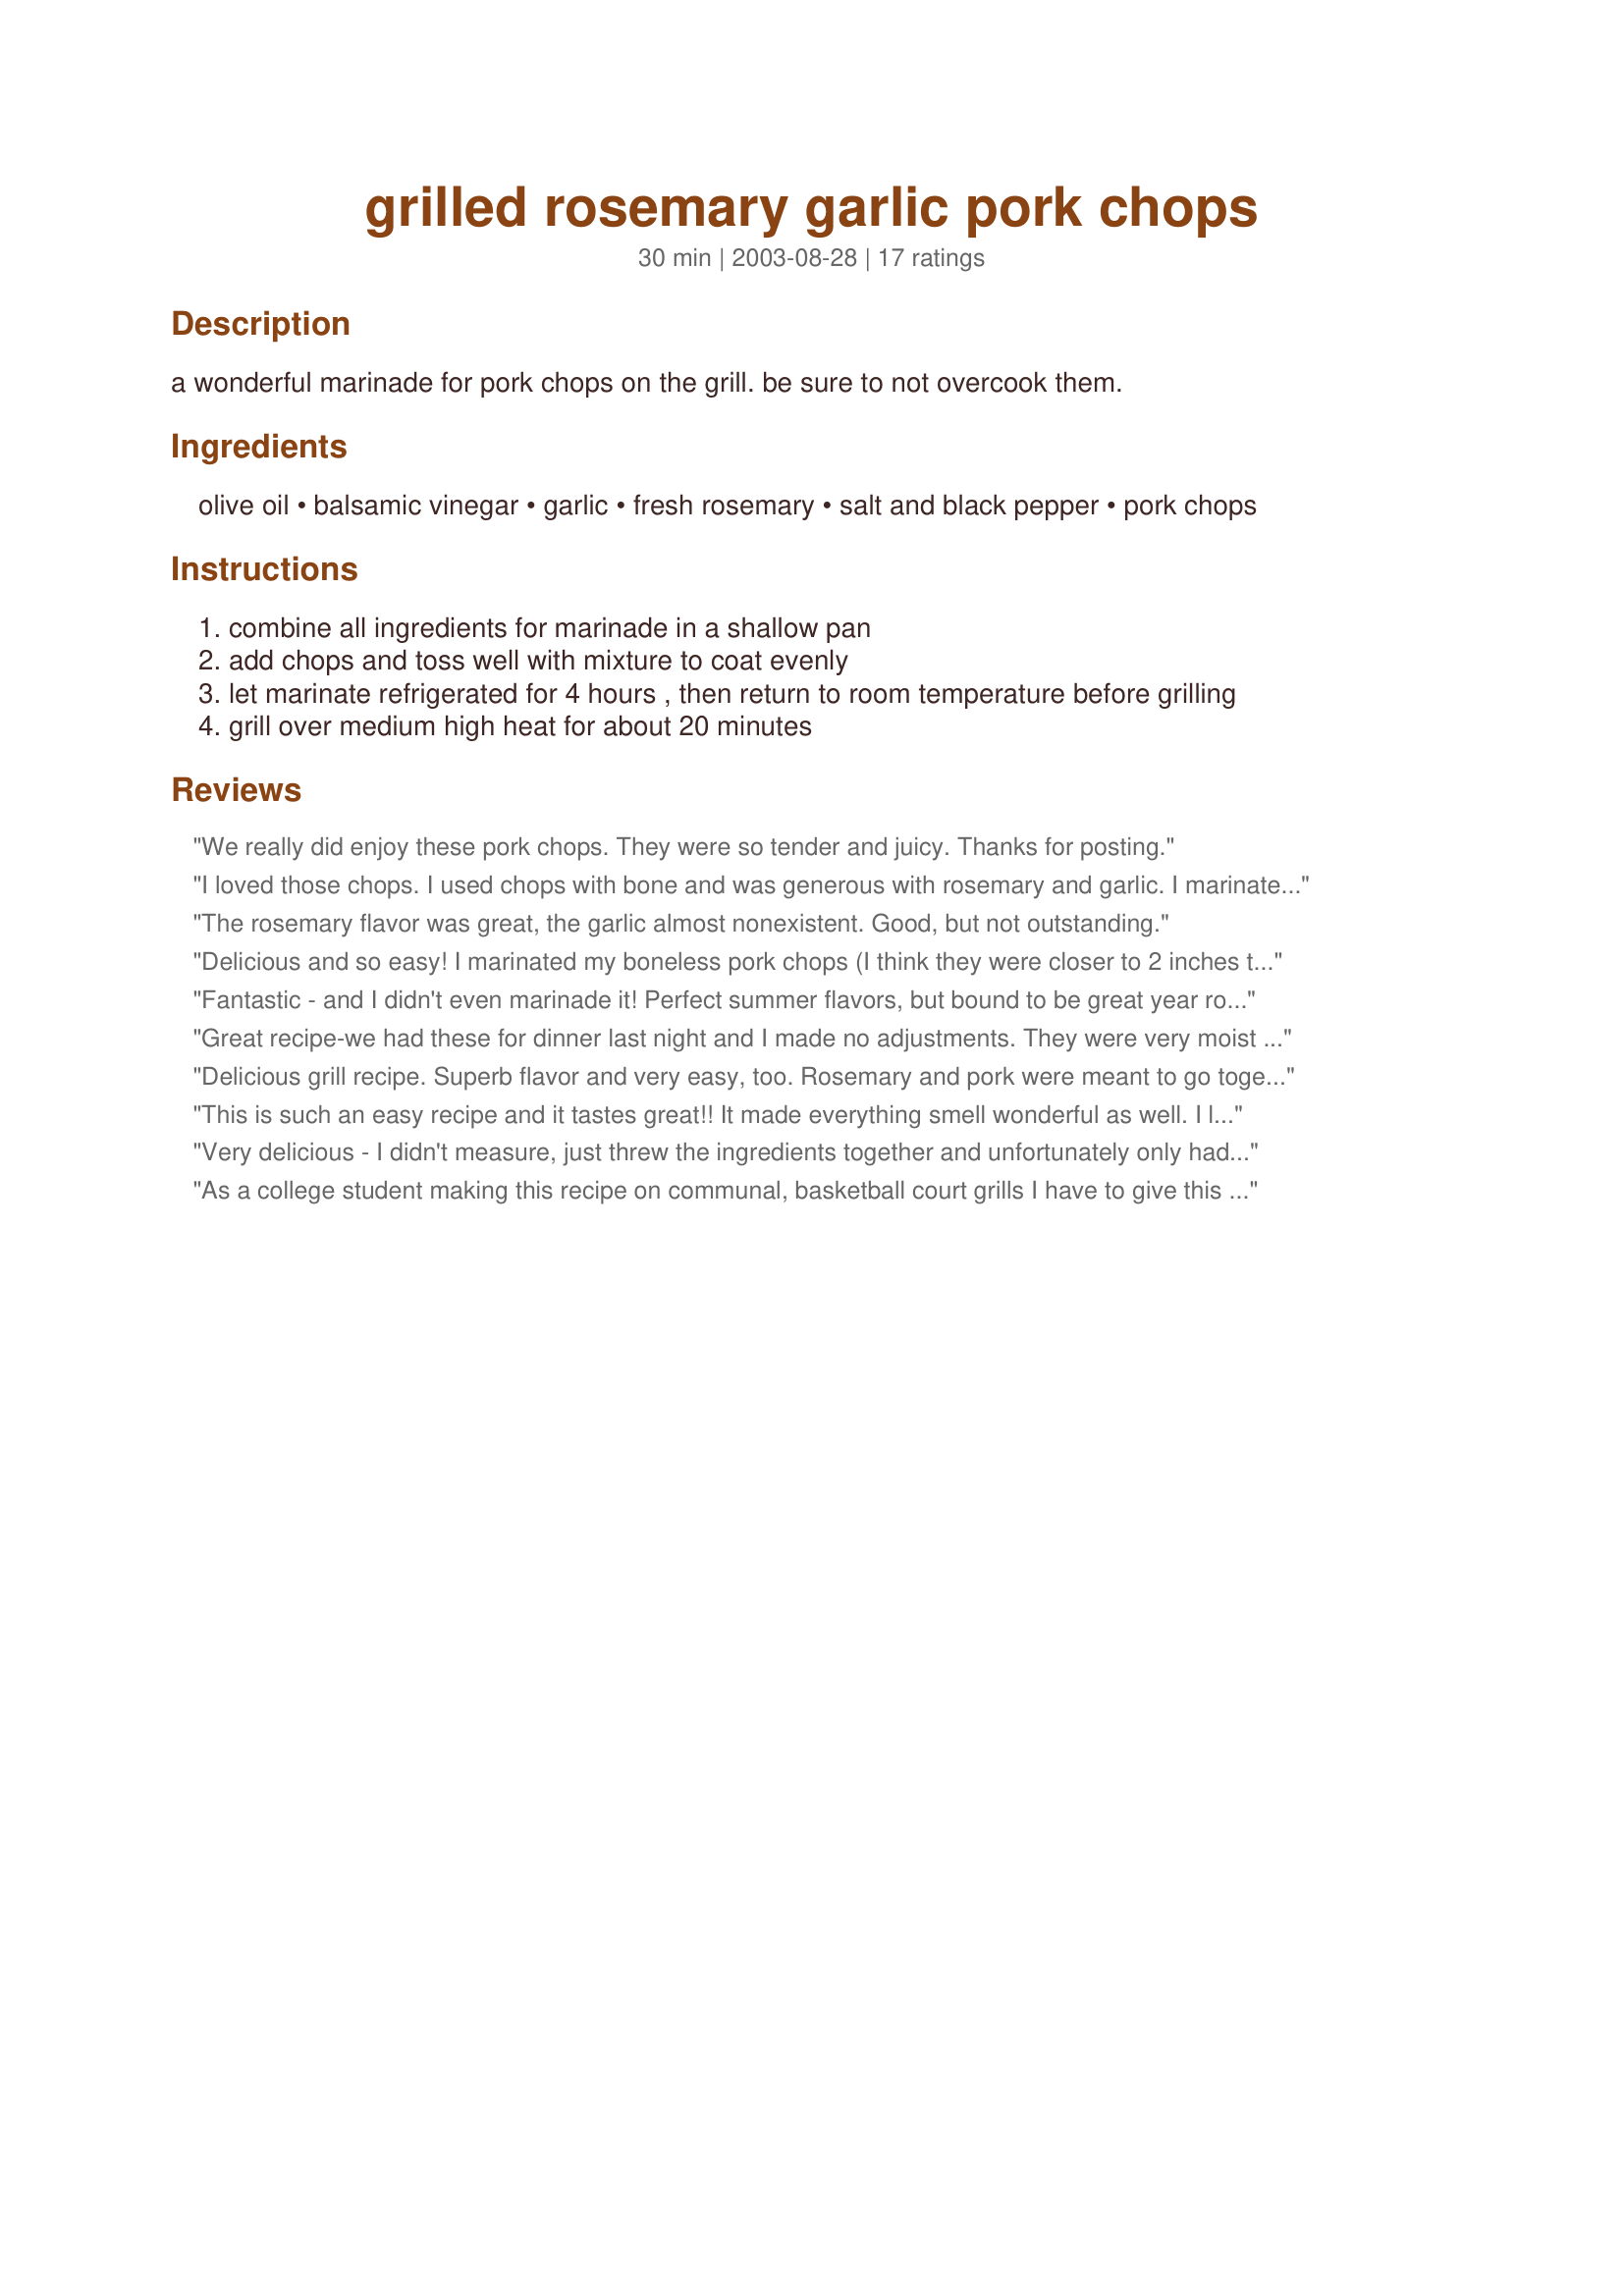
grilled rosemary garlic pork chops
Preparation time: 30 minutes

a wonderful marinade for pork chops on the grill. be sure to not overcook them.

Ingredients:
olive oil, balsamic vinegar, garlic, fresh rosemary, salt and black pepper, pork chops

Steps:
combine all ingredients for marinade in a shallow pan
add chops and toss well with mixture to coat evenly
let marinate refrigerated for 4 hours , then return to room temperature before grilling
grill over medium high heat for about 20 minutes

Reviews:
We really did enjoy these pork chops. They were so tender and juicy. Thanks for posting.
I loved those chops. I used chops with bone and was generous with rosemary and garlic. I marinated them overnight and then grilled in the oven 30 min. each side at 250C (480F). The chops had a balanced flavour of rosemary and garlic. Served them with wholegrain bread and a salad of rocket. The dessert was stewed figs and apricots with yogurt. It was just perfect!
The rosemary flavor was great, the garlic almost nonexistent. Good, but not outstanding.
Delicious and so easy! I marinated my boneless pork chops (I think they were closer to 2 inches thick) for about 5 hours and grilled a bit longer than indicated but they were very tender. Thanks for sharing!
Fantastic - and I didn't even marinade it! Perfect summer flavors, but bound to be great year round :)
Great recipe-we had these for dinner last night and I made no adjustments. They were very moist and I love the fresh rosemary. Thanks.
Delicious grill recipe. Superb flavor and very easy, too. Rosemary and pork were meant to go together. Made tender juicy pork chops that the family gobbled up. I served them with Nurse Di's potato salad. Good eats. Thanks.
This is such an easy recipe and it tastes great!! It made everything smell wonderful as well. I let it marinate all day long and the flavours were infused quite nicely. I'll be making this again! Thanks!
Very delicious - I didn't measure, just threw the ingredients together and unfortunately only had about an hour to marinate the pork chops and pork steaks. I served them with a salad and New Potatoes with Butter and Dill (#95602). We had a great meal! I have my first herb garden and I love finding recipes to put them to use. I will definitely make these again! Thanks for sharing your recipe.
As a college student making this recipe on communal, basketball court grills I have to give this 5 stars. I substituted the balsamic vinegar for soy sauce (the same amount) and I cooked it with green beans and baked potatoes. Everybody loved it and it was a super cheap meal.
This is a FABULOUS flavour combination! To reduce the fat, I omitted the olive oil & increased the vinegar to 3 tablespoons. My husband was really worried that I used too much garlic but he enjoyed these chops, too!
really good. i added lemon thyme and real maple syrup to marinade. yum!
Wonderfully flavored chops! I reduced the marinating time to 1 hour, because I was short on time and they still turned out great. Also, it was raining so bad that I had to use my indoor electric grill, which to my surprise worked out just fine. Next time I will marinate longer and grill them outdoors. I served them with a fresh salad and MizzNezz's Mashed Red Potatoes with Garlic and Parmesan. What a wonderful meal! I will definitely be making these pork chops again! Thanks!
Good marinade.
Just OK for us. The balsamic (a flavor I typically love) was surprisingly too strong in this combination. I may try again with less balsamic next time.
Was looking for something quick, easy and tasty - these were very yummy! Thanks for the idea.
Excellent marinade! I added just a little bq sauce to the marinade. The chops were tender and tasty. I served this with Grilled Asparagus Medley #185136. I will be making this over and over again!
